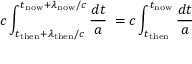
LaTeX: c \int _ { t _ { \mathrm { t h e n } } + \lambda _ { \mathrm { t h e n } } / c } ^ { t _ { \mathrm { n o w } } + \lambda _ { \mathrm { n o w } } / c } { \frac { d t } { a } } \; = c \int _ { t _ { \mathrm { t h e n } } } ^ { t _ { \mathrm { n o w } } } { \frac { d t } { a } }